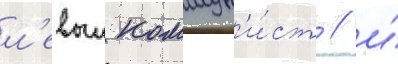
л'евыи коммун'и́ст / и́